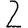
Digit: 2